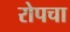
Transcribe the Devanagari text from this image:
रोपचा